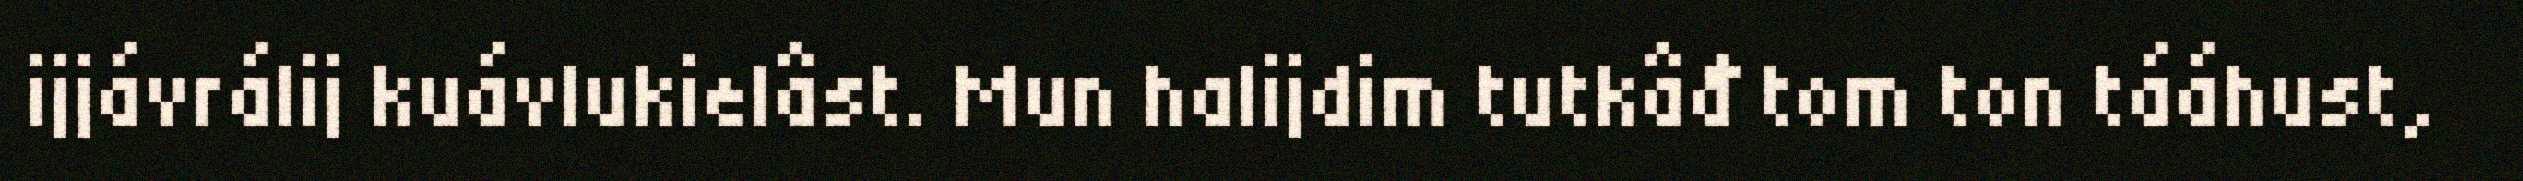
ijjávrálij kuávlukielâst. Mun halijdim tutkâđ tom ton tááhust,